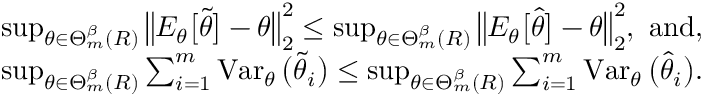
\begin{array} { r l } & { \operatorname* { s u p } _ { \theta \in \Theta _ { m } ^ { \beta } ( R ) } \big \| E _ { \theta } \big [ \widetilde \theta \big ] - \theta \big \| _ { 2 } ^ { 2 } \leq \operatorname* { s u p } _ { \theta \in \Theta _ { m } ^ { \beta } ( R ) } \big \| E _ { \theta } \big [ \widehat \theta \big ] - \theta \big \| _ { 2 } ^ { 2 } , \mathrm { ~ a n d , ~ } } \\ & { \operatorname* { s u p } _ { \theta \in \Theta _ { m } ^ { \beta } ( R ) } \sum _ { i = 1 } ^ { m } \operatorname { V a r } _ { \theta } \big ( \widetilde \theta _ { i } \big ) \leq \operatorname* { s u p } _ { \theta \in \Theta _ { m } ^ { \beta } ( R ) } \sum _ { i = 1 } ^ { m } \operatorname { V a r } _ { \theta } \big ( \widehat \theta _ { i } \big ) . } \end{array}